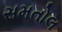
સમતોલ